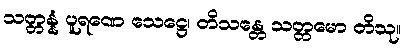
သတ္တန္နံ ပူရဏေ သေဋ္ဌေ၊ တိသန္တေ သတ္တမော တိသု။